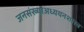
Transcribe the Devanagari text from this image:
जनसंख्याअध्ययनशास्त्र